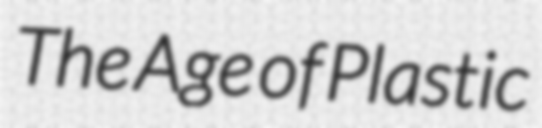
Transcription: The Age of Plastic